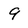
Character: 9